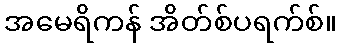
အမေရိကန် အိတ်စ်ပရက်စ်။